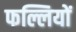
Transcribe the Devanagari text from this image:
फल्लियों